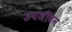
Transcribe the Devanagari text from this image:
उपजीवन